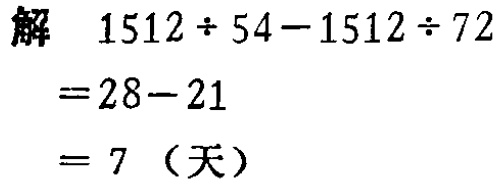
解
\[
\begin{align*}
1512\div54 - 1512\div72&=28 - 21\\
&= 28-21\\
&= 7 \text{（天）}
\end{align*}
\]